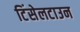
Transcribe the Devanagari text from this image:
टिंसेलटाउन